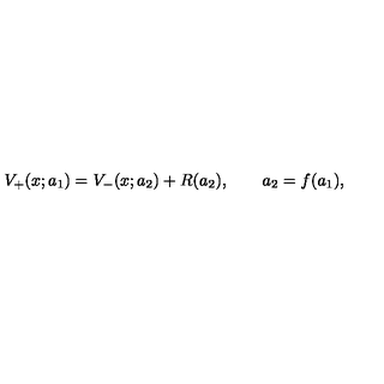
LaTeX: V _ { + } ( x ; a _ { 1 } ) = V _ { - } ( x ; a _ { 2 } ) + R ( a _ { 2 } ) , \qquad a _ { 2 } = f ( a _ { 1 } ) ,